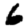
Digit: 6